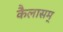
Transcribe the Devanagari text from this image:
कैलासम्‌